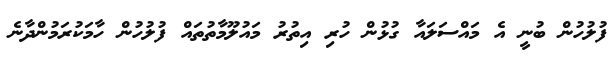
ފުލުހުން ބުނީ އެ މައްސަލައާ ގުޅުން ހުރި އިތުރު މައުލޫމާތުތައް ފުލުހުން ހާމަކުރަމުންދާނެ